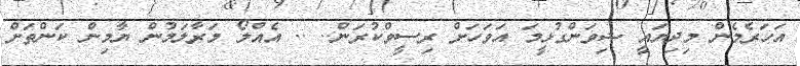
އަހަރެމެން މިދިޔައީ ޝިވަންގުޅީމަ އަވަހަށް ރިސީވްކުރަން.. .. އެއްލޯ މަރާލަމުން ޔާމިން ކަންތަށް